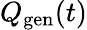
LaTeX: Q_{\mathrm{gen}}(t)